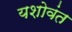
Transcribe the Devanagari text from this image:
यशोवंत